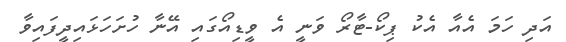
އަދި ހަމަ އެއާ އެކު ޕިކޯ-ޓާރޯ ވަނީ އެ ވީޑިއޯގައި އޭނާ ހުށަހަޅައިދީފައިވާ